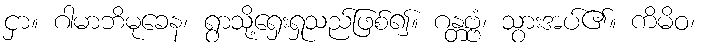
ငှာ။ ဂါမာဘိမုခေန၊ ရွာသို့ရှေးရှုသည်ဖြစ်၍။ ဂန္တဗ္ဗံ၊ သွားအပ်၏။ ကိမိဝ၊